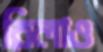
রিলাও